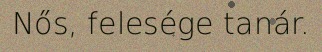
Nős, felesége tanár.